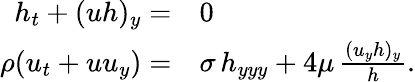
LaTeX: \begin{array}{rl}{h_{t}+(uh)_{y}=}&{{}0}\\ {\rho(u_{t}+uu_{y})=}&{{}\sigma\, h_{yyy}+4\mu\, \frac{(u_{y}h)_{y}}{h}.}\end{array}